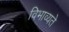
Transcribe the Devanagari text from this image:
विभाव्यते